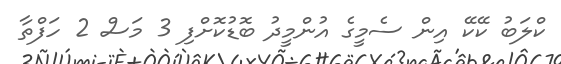
ކްލަބު ކޭކޭ އިން ސެމީގެ އުންމީދު ބޮޑުކޮށްފި 3 މަސް 2 ހަފްތާ